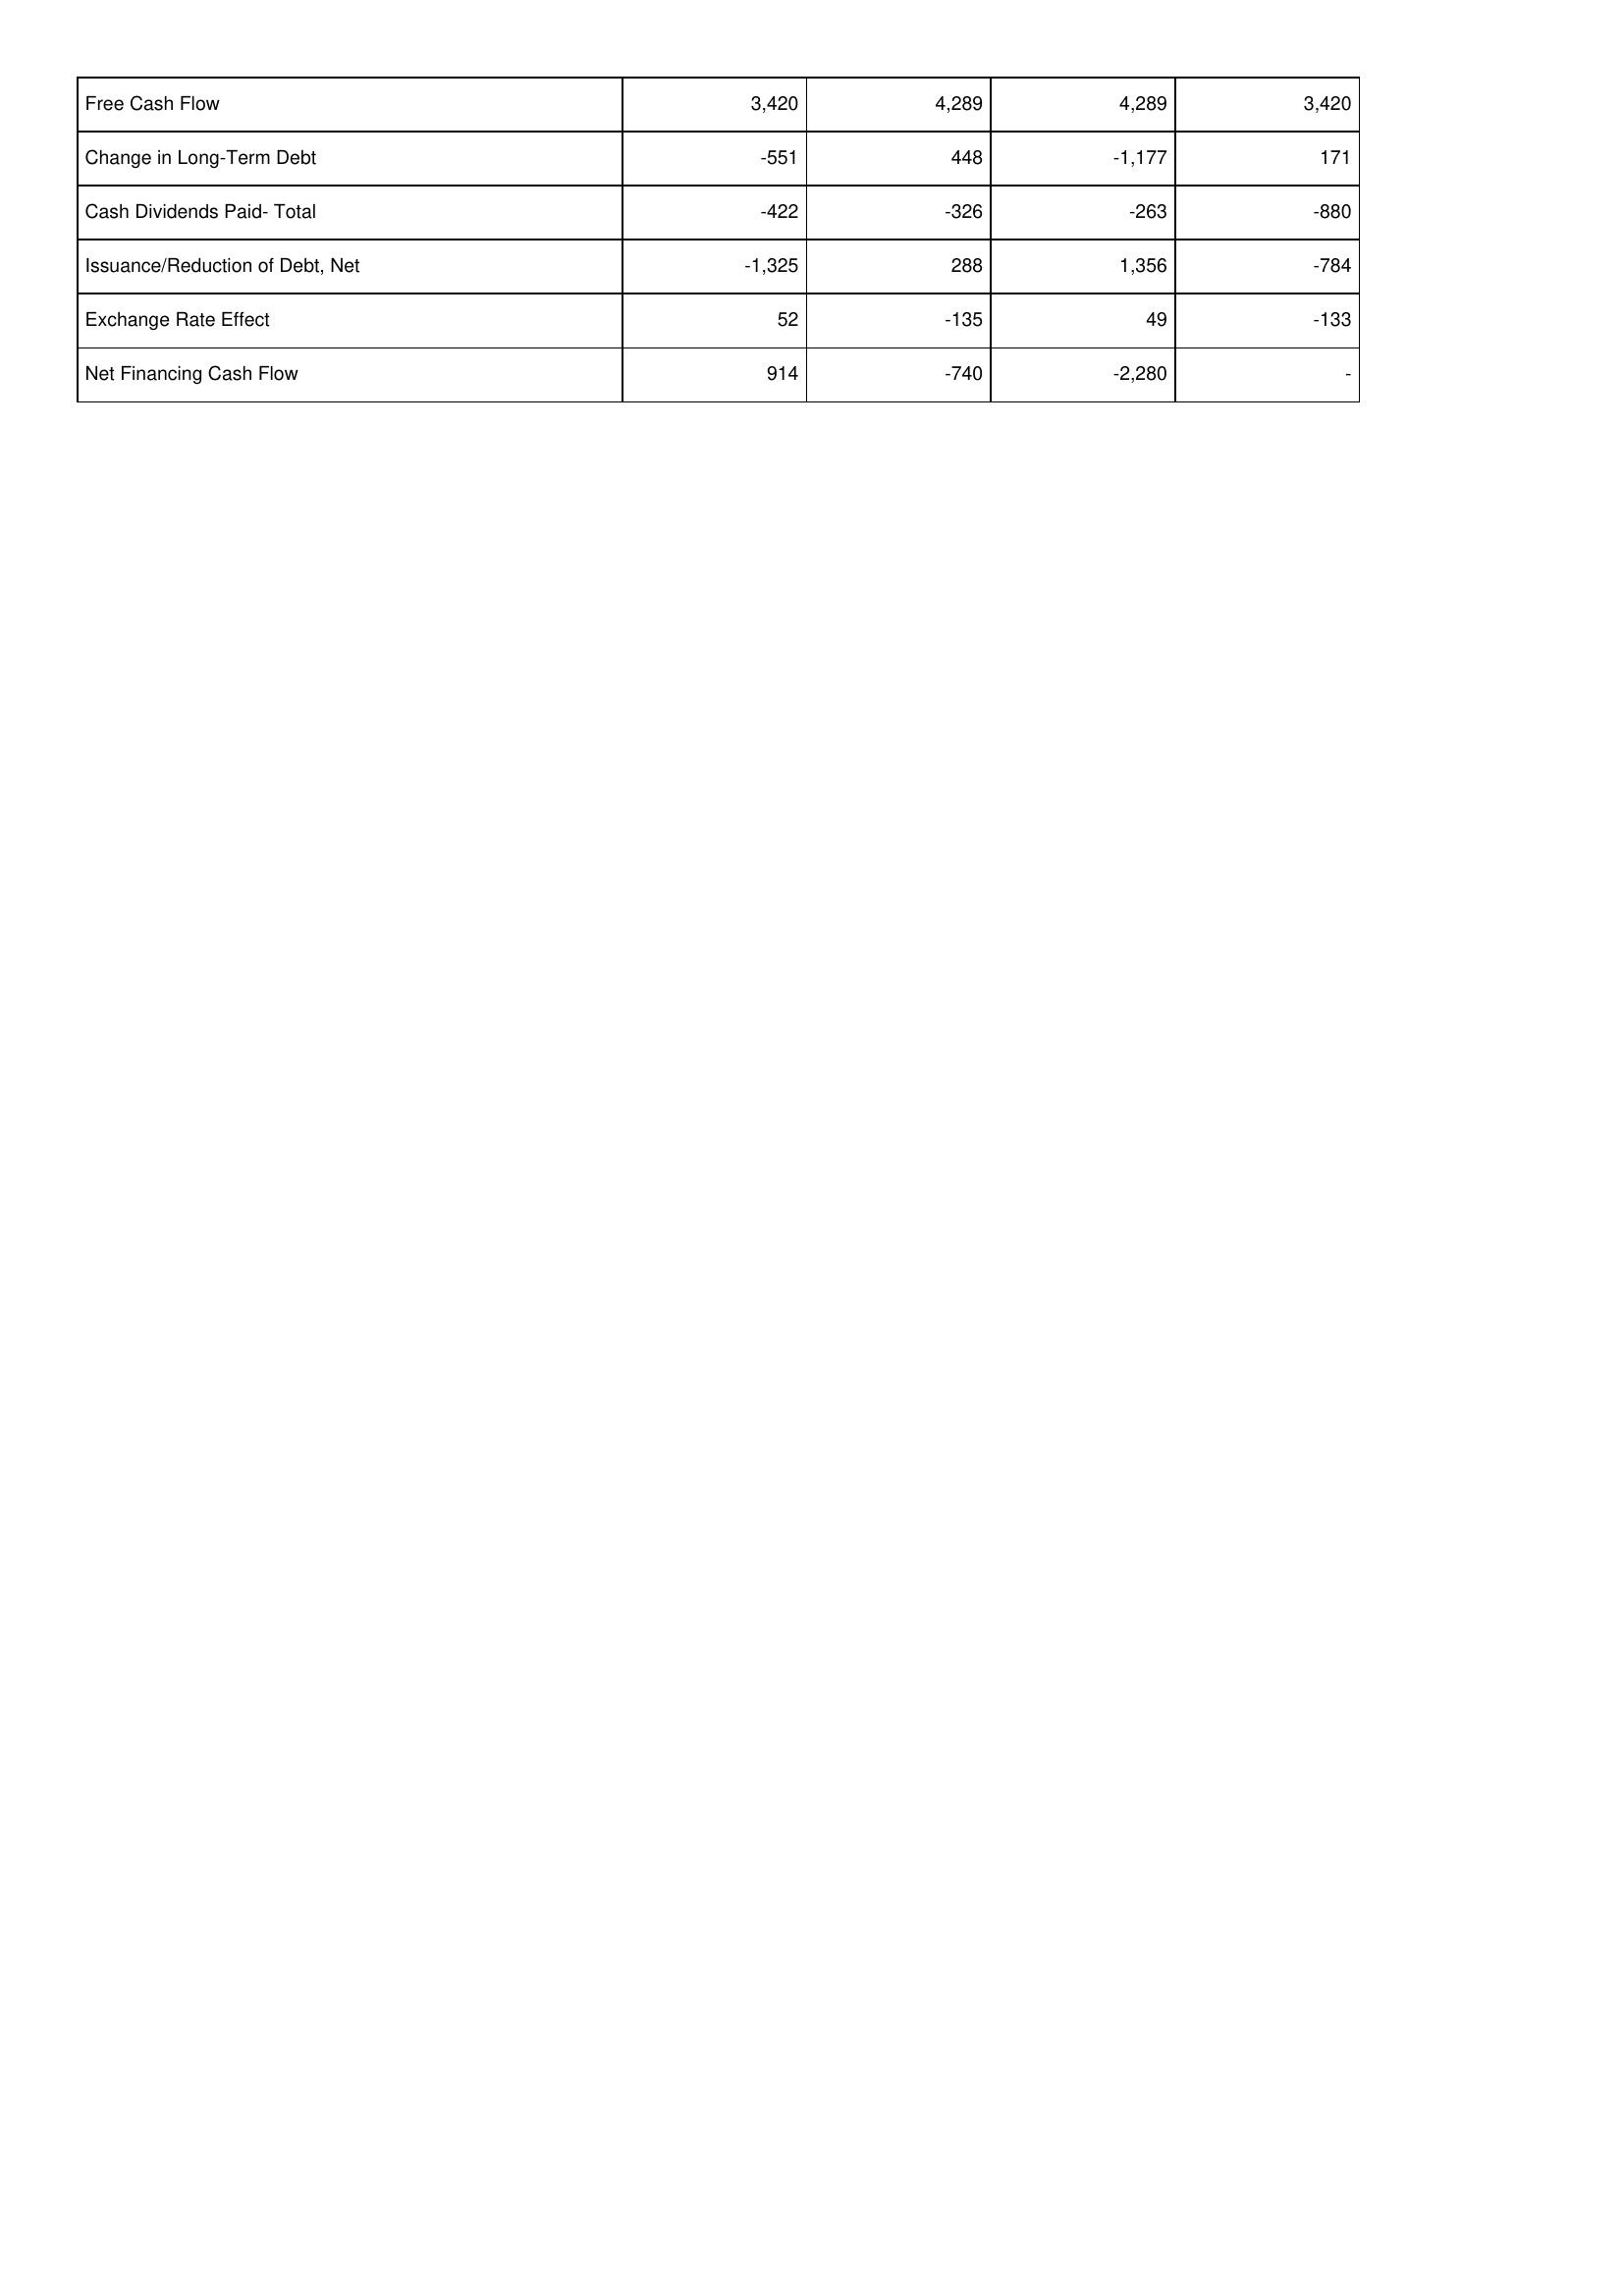
2007: Financing Activities: Free Cash Flow: 3,420
Change in Long-Term Debt: -551
Cash Dividends Paid- Total: -422
Issuance/Reduction of Debt, Net: -1,325
Exchange Rate Effect: 52
Net Financing Cash Flow: 914
2008: Financing Activities: Free Cash Flow: 4,289
Change in Long-Term Debt: 448
Cash Dividends Paid- Total: -326
Issuance/Reduction of Debt, Net: 288
Exchange Rate Effect: -135
Net Financing Cash Flow: -740
2009: Financing Activities: Free Cash Flow: 4,289
Change in Long-Term Debt: -1,177
Cash Dividends Paid- Total: -263
Issuance/Reduction of Debt, Net: 1,356
Exchange Rate Effect: 49
Net Financing Cash Flow: -2,280
2010: Financing Activities: Free Cash Flow: 3,420
Change in Long-Term Debt: 171
Cash Dividends Paid- Total: -880
Issuance/Reduction of Debt, Net: -784
Exchange Rate Effect: -133
Net Financing Cash Flow: -